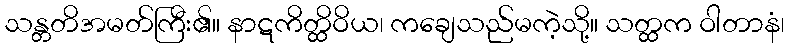
သန္တတိအမတ်ကြီး၏။ နာဋကိတ္ထိဝိယ၊ ကချေသည်မကဲ့သို့။ သတ္ထက ဝါတာနံ၊